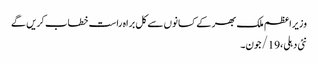
وزیراعظم ملک بھر کے کسانوں سے کل براہ راست خطاب کریں گے
نئی دہلی،19/جون۔